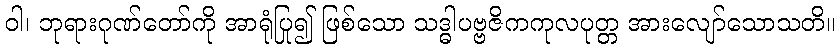
ဝါ၊ ဘုရားဂုဏ်တော်ကို အာရုံပြု၍ ဖြစ်သော သဒ္ဓါပဗ္ဗဇိကကုလပုတ္တ အားလျော်သောသတိ။